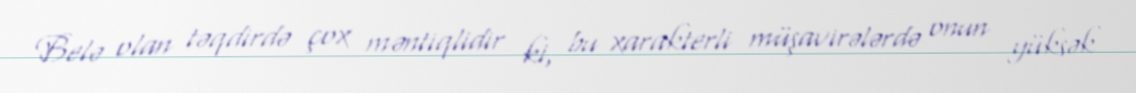
Belə olan təqdirdə çox məntiqlidir ki, bu xarakterli müşavirələrdə onun yüksək